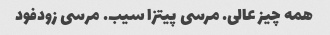
همه چیز عالی. مرسی پیتزا سیب. مرسی زودفود